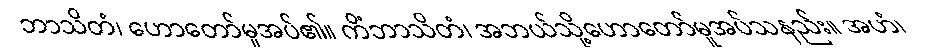
ဘာသိတံ၊ ဟောတော်မူအပ်၏။ ကိံဘာသိတံ၊ အဘယ်သို့ဟောတော်မူအပ်သနည်း။ အဟံ၊